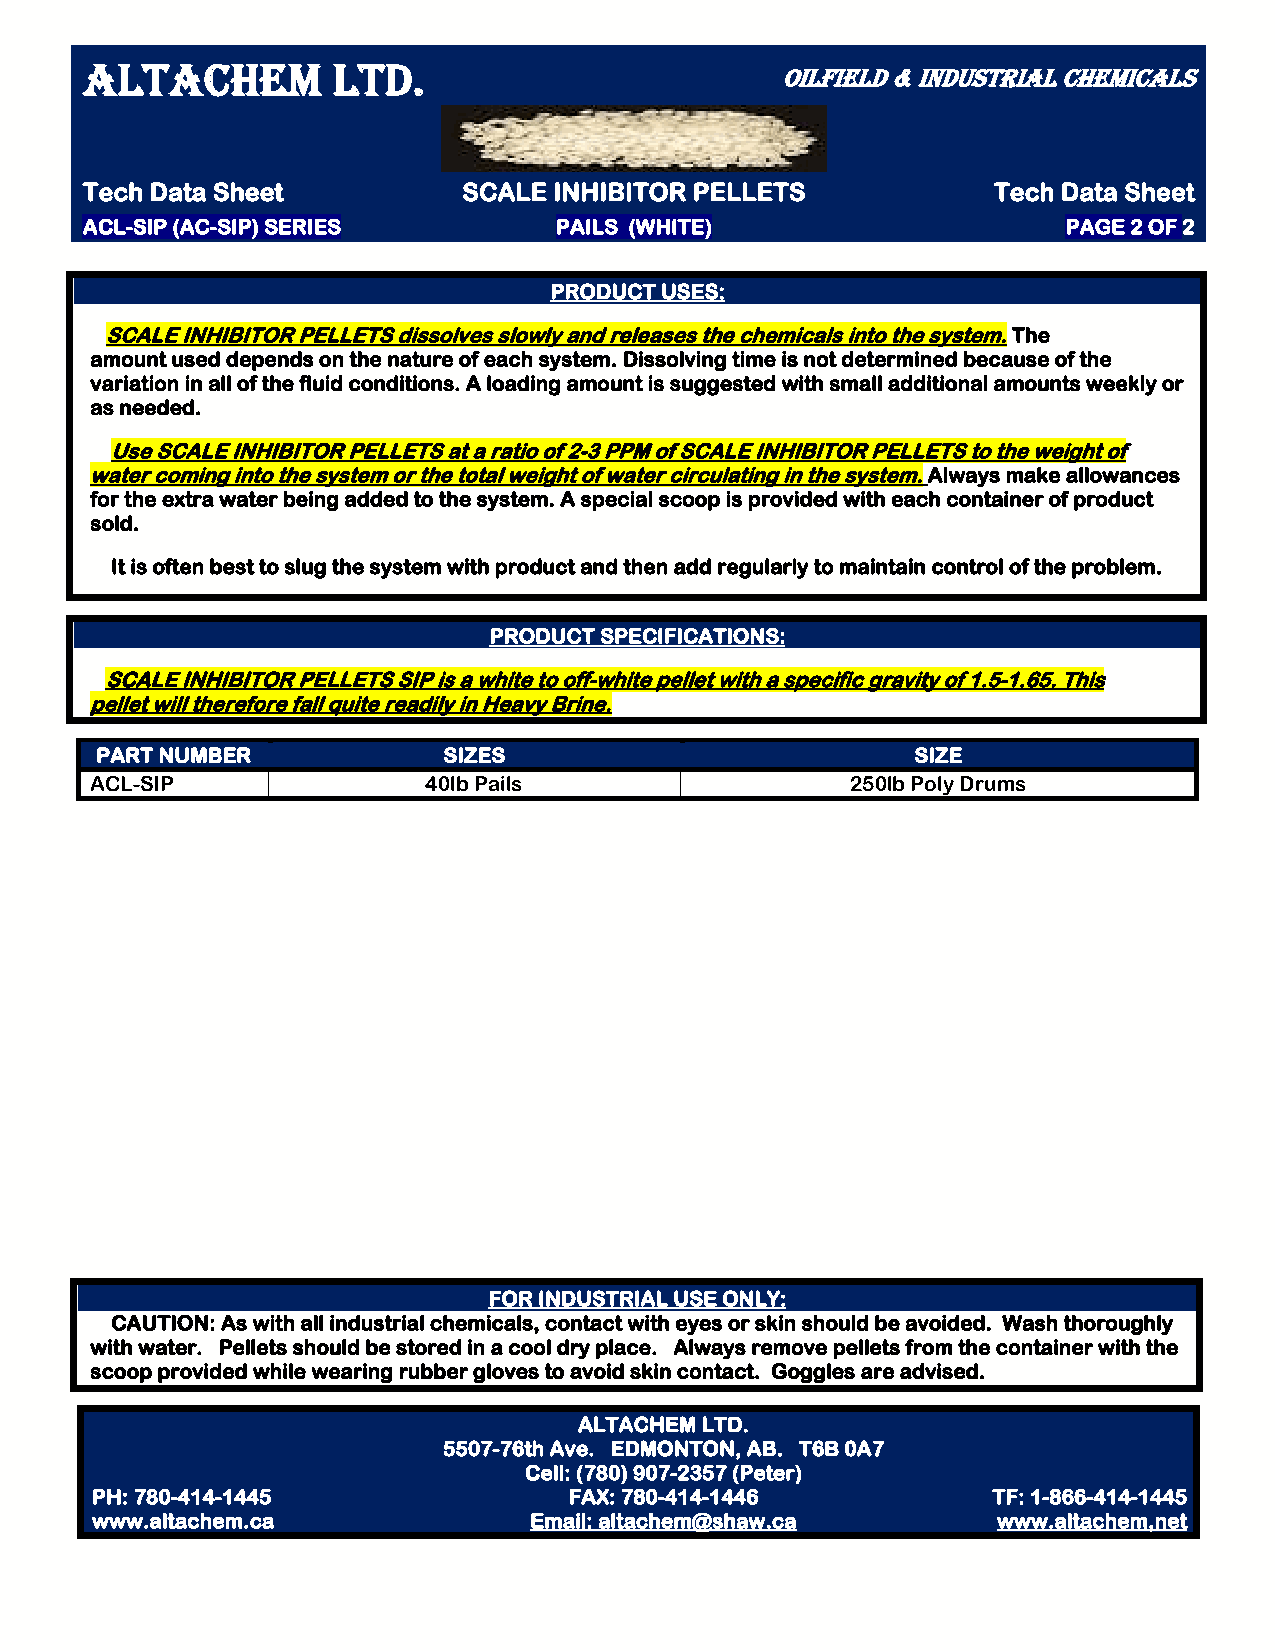
ALTACHEM         LTD.
 OILFIELD & INDUSTRIAL CHEMICALS
 Tech Data Sheet           SCALE INHIBITOR PELLETS            Tech Data Sheet
 ACL-SIP (AC-SIP) SERIES         PAILS (WHITE)                     PAGE 2 OF 2
 PRODUCT USES:
 SCALE INHIBITOR PELLETS dissolves slowly and releases the chemicals into the system. The
 amount used depends on the nature of each system. Dissolving time is not determined because of the
 variation in all of the fluid conditions. A loading amount is suggested with small additional amounts weekly or
 as needed.
 Use SCALE INHIBITOR PELLETS at a ratio of 2-3 PPM of SCALE INHIBITOR PELLETS to the weight of
 water coming into the system or the total weight of water circulating in the system. Always make allowances
 for the extra water being added to the system. A special scoop is provided with each container of product
 sold.
 It is often best to slug the system with product and then add regularly to maintain control of the problem.
 PRODUCT SPECIFICATIONS:
 SCALE INHIBITOR PELLETS SIP is a white to off-white pellet with a specific gravity of 1.5-1.65. This
 pellet will therefore fall quite readily in Heavy Brine.
 PART NUMBER            SIZES                           SIZE
 ACL-SIP               40lb Pails                  250lb Poly Drums
 FOR INDUSTRIAL USE ONLY:
 CAUTION: As with all industrial chemicals, contact with eyes or skin should be avoided. Wash thoroughly
 with water. Pellets should be stored in a cool dry place. Always remove pellets from the container with the
 scoop provided while wearing rubber gloves to avoid skin contact. Goggles are advised.
 ALTACHEM LTD.
 5507-76th Ave. EDMONTON, AB. T6B 0A7
 Cell: (780) 907-2357 (Peter)
 PH: 780-414-1445                FAX: 780-414-1446           TF: 1-866-414-1445
 www.altachem.ca              Email: altachem@shaw.ca        www.altachem,net